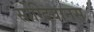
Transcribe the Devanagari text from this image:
सोग्दियानस